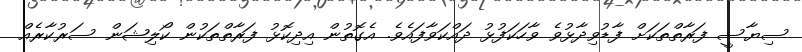
ސިޔާސީ ފަރާތްތަކަށް ފާޑުވިދާޅުވެ ވާހަކަފުޅު ދައްކަވާފައެވެ. އެގޮތުން އިދިކޮޅު ފަރާތްތަކުން ކޯލިޝަން ސަރުކާރެއް